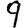
Digit: 9